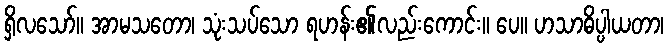
ရှိလသော်။ အာမသတော၊ သုံးသပ်သော ရဟန်း၏လည်းကောင်း။ ပေ။ ဟသာဓိပ္ပါယတာ၊